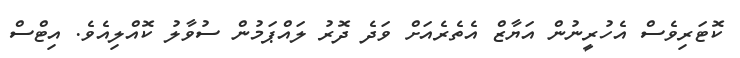
ކޮޓަރިވެސް އެހުރީނުން އަޔާޒް އެތެރެއަށް ވަދެ ދޮރު ލައްޕަމުން ސުވާލު ކޮއްލިއެވެ. އިޓްސް